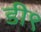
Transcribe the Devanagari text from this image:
डी९